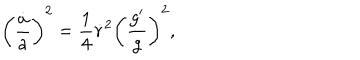
\left( { \frac { \dot { a } } { a } } \right) ^ { 2 } = { \frac { 1 } { 4 } } \dot { r } ^ { 2 } \left( { \frac { g ^ { \prime } } { g } } \right) ^ { 2 } ,